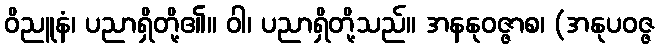
ဝိညူနံ၊ ပညာရှိတို့၏။ ဝါ၊ ပညာရှိတို့သည်။ အနနုဝဇ္ဇာစ၊ (အနုပဝဇ္ဇ